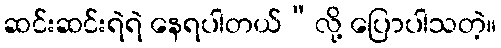
ဆင်းဆင်းရဲရဲ နေရပါတယ်”လို့ ပြောပါသတဲ့။